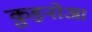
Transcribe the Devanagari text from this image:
क़ुइनोआ